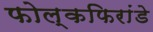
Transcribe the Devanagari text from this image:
फोल्कफिरांडे